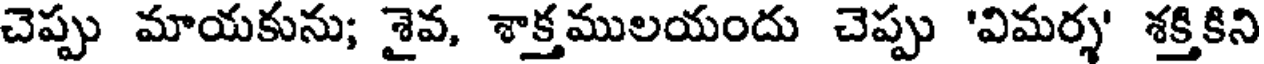
చెప్పు మాయకును; శైవ, శాక్తములయందు చెప్పు 'విమర్శ' శక్తికిని